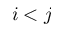
i < j